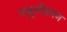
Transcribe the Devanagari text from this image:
स्थूलीकरण